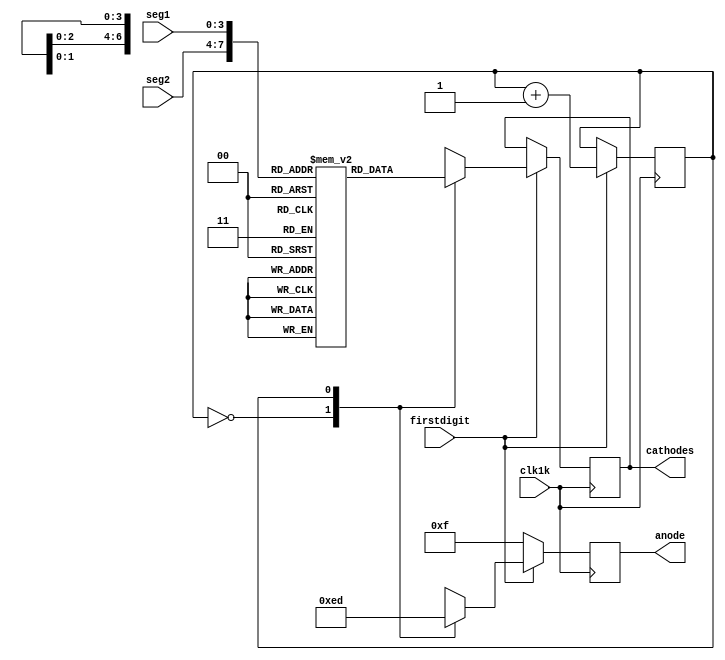
module seven_seg_displayLab5(clk1k,firstdigit,seg1,seg2,anode,cathodes);
input clk1k;
input firstdigit;
input [3:0]seg1;
input [3:0]seg2;
output reg  [3:0]anode;
output reg  [6:0]cathodes;

reg [3:0]anode_cycle_output;
reg anode_cycle;
reg [6:0]seg_rom[15:0];

initial
  begin
  anode_cycle_output=4'b0000;
  anode_cycle=2'b00;
  anode=4'b1111;
  seg_rom[0]=7'b1000000; //0 gfedcba   ///A///
  seg_rom[1]=7'b1111001; //1           F     B
  seg_rom[2]=7'b0100100; //2           ///G///
  seg_rom[3]=7'b0110000; //3           E     C
  seg_rom[4]=7'b0011001; //4           ///D///
  seg_rom[5]=7'b0010010; //5
  seg_rom[6]=7'b0000010; //6
  seg_rom[7]=7'b1111000; //7
  seg_rom[8]=7'b0000000; //8
  seg_rom[9]=7'b0011000; //9
  seg_rom[10]=7'b0001000; //A
  seg_rom[11]=7'b0000011; //b
  seg_rom[12]=7'b1000110; //C
  seg_rom[13]=7'b0100001; //D
  seg_rom[14]=7'b0000110; //E
  seg_rom[15]=7'b0001110; //F
  end
always@(posedge clk1k) begin
    if(firstdigit==0)
    begin
        anode<=4'b1111;
    end
    else    
    begin
    case(anode_cycle)
    0:begin
        anode<=4'b1110;
        cathodes<=seg_rom[seg2];
      end
    1:begin
        anode<=4'b1101;
        cathodes<=seg_rom[seg1];
      end
    default:
      begin
        anode<=4'b1111;
      end
    endcase
    anode_cycle<=anode_cycle+1;
    if(anode_cycle==2)
        begin
            anode_cycle<=0;
        end
  end
 end 
endmodule